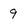
Character: 9